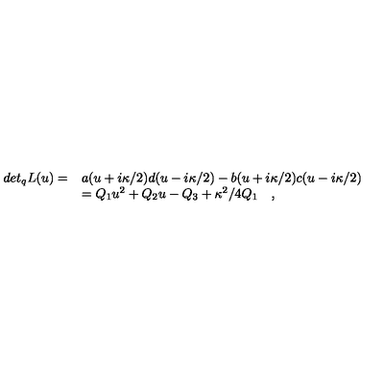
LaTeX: \begin{array} { l l } { d e t _ { q } L ( u ) = } & { a ( u + i \kappa / 2 ) d ( u - i \kappa / 2 ) - b ( u + i \kappa / 2 ) c ( u - i \kappa / 2 ) } \\ { } & { = Q _ { 1 } u ^ { 2 } + Q _ { 2 } u - Q _ { 3 } + \kappa ^ { 2 } / 4 Q _ { 1 } \quad , } \\ \end{array}